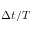
\Delta t / T